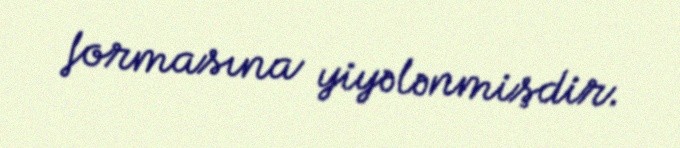
formasına yiyələnmişdir.